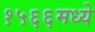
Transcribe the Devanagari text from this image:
१५६६मध्ये